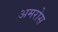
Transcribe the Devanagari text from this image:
अमरोस